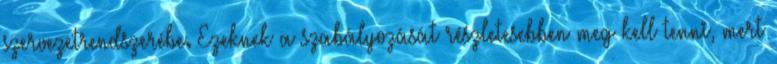
szervezetrendszerébe. Ezeknek a szabályozását részletesebben meg kell tenni, mert